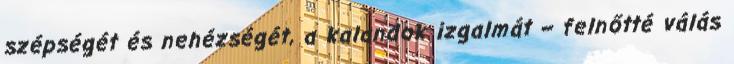
szépségét és nehézségét, a kalandok izgalmát – felnőtté válás